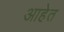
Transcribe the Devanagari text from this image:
आहेेत